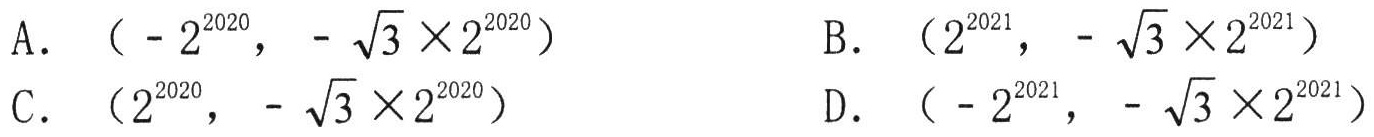
A. \((-2^{2020},-\sqrt{3}\times2^{2020})\)  B. \((2^{2021},-\sqrt{3}\times2^{2021})\)
C. \((2^{2020},-\sqrt{3}\times2^{2020})\)  D. \((-2^{2021},-\sqrt{3}\times2^{2021})\)